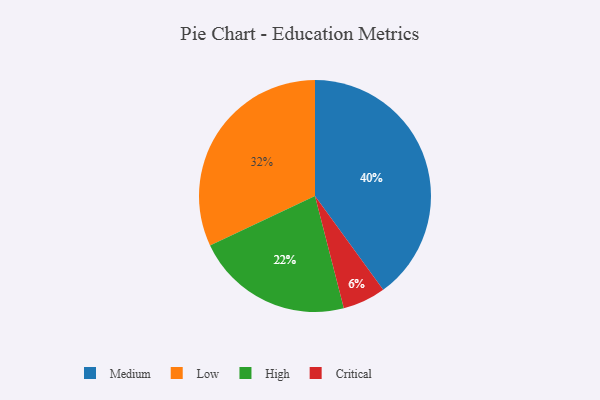
{"axis": {"x": "Category", "y": "Percentage"}, "legend": ["Critical", "High", "Low", "Medium"], "data": [{"x": "High", "y": 22, "type": "High"}, {"x": "Critical", "y": 6, "type": "Critical"}, {"x": "Low", "y": 32, "type": "Low"}, {"x": "Medium", "y": 40, "type": "Medium"}]}